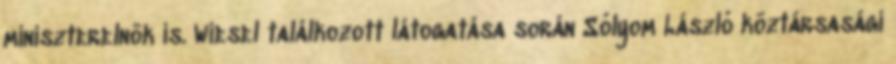
miniszterelnök is. Wiesel találkozott látogatása során Sólyom László köztársasági